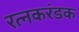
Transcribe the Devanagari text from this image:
रत्नकरंडक